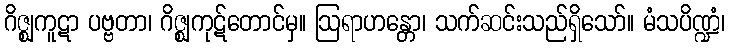
ဂိဇ္ဈကူဋာ ပဗ္ဗတာ၊ ဂိဇ္ဈကုဋ်တောင်မှ။ ဩရာဟန္တော၊ သက်ဆင်းသည်ရှိသော်။ မံသပိဏ္ဍံ၊